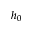
h _ { 0 }